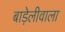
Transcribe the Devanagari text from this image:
बाड़ेलीवाला